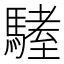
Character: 𩥏